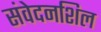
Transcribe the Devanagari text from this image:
संवेदनशिल